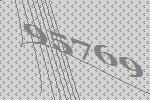
95769